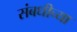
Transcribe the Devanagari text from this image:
संबधीच्या